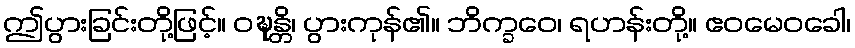
ဤပွားခြင်းတို့ဖြင့်။ ဝဍ္ဎန္တိ၊ ပွားကုန်၏။ ဘိက္ခဝေ၊ ရဟန်းတို့။ ဧဝမေဝခေါ၊